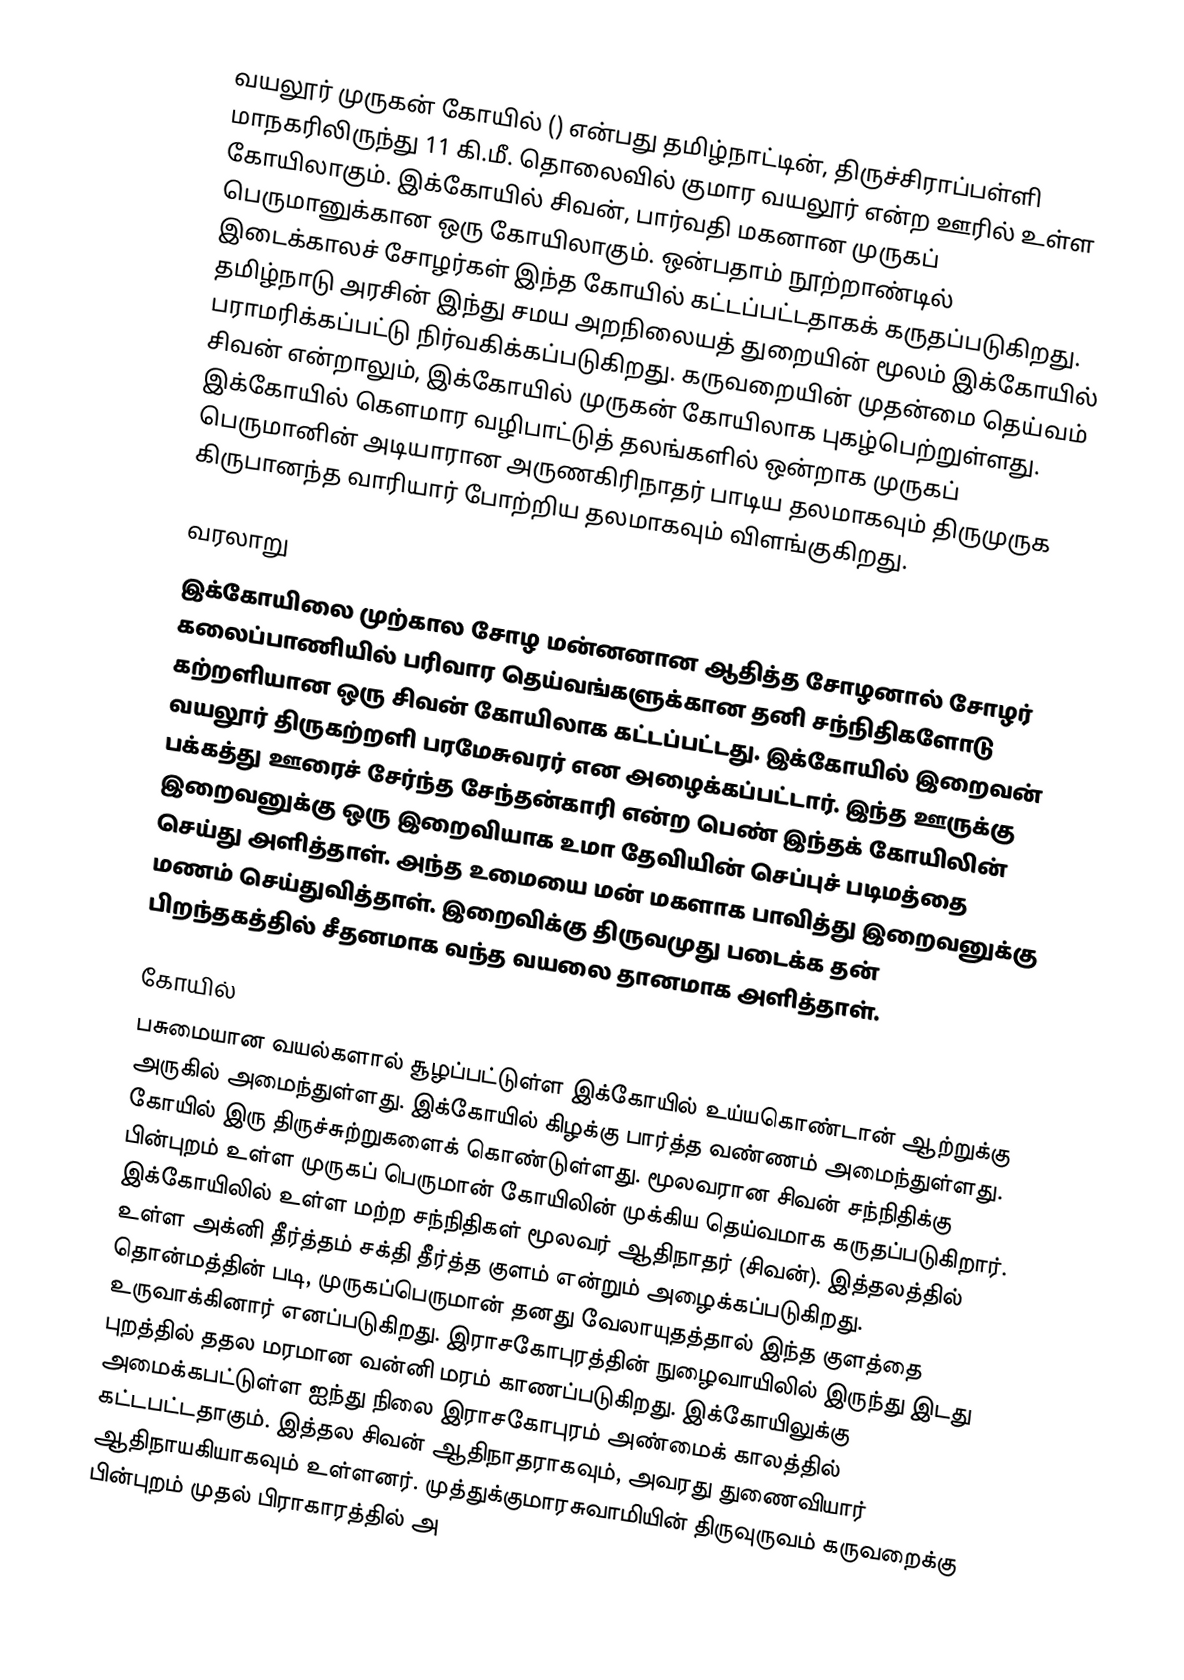
வயலூர் முருகன் கோயில் () என்பது தமிழ்நாட்டின், திருச்சிராப்பள்ளி மாநகரிலிருந்து 11 கி.மீ. தொலைவில் குமார வயலூர் என்ற ஊரில் உள்ள கோயிலாகும்.  இக்கோயில் சிவன், பார்வதி மகனான முருகப் பெருமானுக்கான ஒரு கோயிலாகும். ஒன்பதாம் நூற்றாண்டில் இடைக்காலச் சோழர்கள் இந்த கோயில் கட்டப்பட்டதாகக் கருதப்படுகிறது. தமிழ்நாடு அரசின் இந்து சமய அறநிலையத் துறையின் மூலம் இக்கோயில் பராமரிக்கப்பட்டு நிர்வகிக்கப்படுகிறது. கருவறையின் முதன்மை தெய்வம் சிவன் என்றாலும், இக்கோயில் முருகன் கோயிலாக புகழ்பெற்றுள்ளது. இக்கோயில் கௌமார வழிபாட்டுத் தலங்களில் ஒன்றாக முருகப் பெருமானின் அடியாரான அருணகிரிநாதர் பாடிய தலமாகவும் திருமுருக கிருபானந்த வாரியார் போற்றிய தலமாகவும் விளங்குகிறது.

வரலாறு
இக்கோயிலை முற்கால சோழ மன்னனான ஆதித்த சோழனால் சோழர் கலைப்பாணியில் பரிவார தெய்வங்களுக்கான தனி சந்நிதிகளோடு கற்றளியான ஒரு சிவன் கோயிலாக கட்டப்பட்டது. இக்கோயில் இறைவன் வயலூர் திருகற்றளி பரமேசுவரர் என அழைக்கப்பட்டார். இந்த ஊருக்கு பக்கத்து ஊரைச் சேர்ந்த சேந்தன்காரி என்ற பெண் இந்தக் கோயிலின் இறைவனுக்கு ஒரு இறைவியாக உமா தேவியின் செப்புச் படிமத்தை செய்து அளித்தாள். அந்த உமையை மன் மகளாக பாவித்து இறைவனுக்கு மணம் செய்துவித்தாள். இறைவிக்கு திருவமுது படைக்க தன் பிறந்தகத்தில் சீதனமாக வந்த வயலை தானமாக அளித்தாள்.

கோயில்
பசுமையான வயல்களால் சூழப்பட்டுள்ள இக்கோயில் உய்யகொண்டான் ஆற்றுக்கு அருகில் அமைந்துள்ளது. இக்கோயில் கிழக்கு பார்த்த வண்ணம் அமைந்துள்ளது. கோயில் இரு திருச்சுற்றுகளைக் கொண்டுள்ளது. மூலவரான சிவன் சந்நிதிக்கு பின்புறம் உள்ள முருகப் பெருமான் கோயிலின் முக்கிய தெய்வமாக கருதப்படுகிறார். இக்கோயிலில் உள்ள மற்ற சந்நிதிகள் மூலவர் ஆதிநாதர் (சிவன்). இத்தலத்தில் உள்ள அக்னி தீர்த்தம் சக்தி தீர்த்த குளம் என்றும் அழைக்கப்படுகிறது. தொன்மத்தின் படி, முருகப்பெருமான் தனது வேலாயுதத்தால் இந்த குளத்தை உருவாக்கினார் எனப்படுகிறது. இராசகோபுரத்தின் நுழைவாயிலில் இருந்து இடது புறத்தில் ததல மரமான வன்னி மரம் காணப்படுகிறது. இக்கோயிலுக்கு அமைக்கபட்டுள்ள ஐந்து நிலை இராசகோபுரம் அண்மைக் காலத்தில் கட்டபட்டதாகும். இத்தல சிவன் ஆதிநாதராகவும், அவரது துணைவியார் ஆதிநாயகியாகவும் உள்ளனர். முத்துக்குமாரசுவாமியின் திருவுருவம் கருவறைக்கு பின்புறம் முதல் பிராகாரத்தில் அ